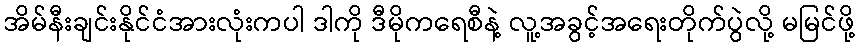
အိမ်နီးချင်းနိုင်ငံအားလုံးကပါ ဒါကို ဒီမိုကရေစီနဲ့ လူ့အခွင့်အရေးတိုက်ပွဲလို့ မမြင်ဖို့